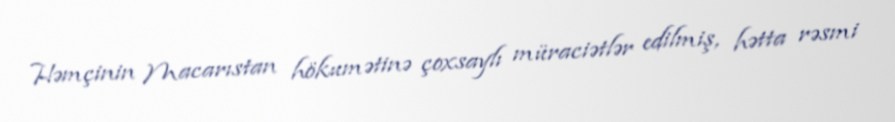
Həmçinin Macarıstan hökumətinə çoxsaylı müraciətlər edilmiş, hətta rəsmi